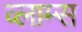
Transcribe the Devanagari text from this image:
व्लाम्स